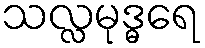
သလ္လမုဒ္ဓရေ